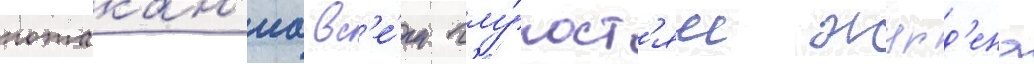
потакан'иа вс'е́м глу́пост'ям журд'ена